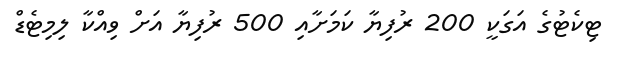
ޓިކެޓުގެ އަގަކީ 200 ރުފިޔާ ކަމަށާއި 500 ރުފިޔާ އަށް ވިއްކާ ލިމިޓެޑް